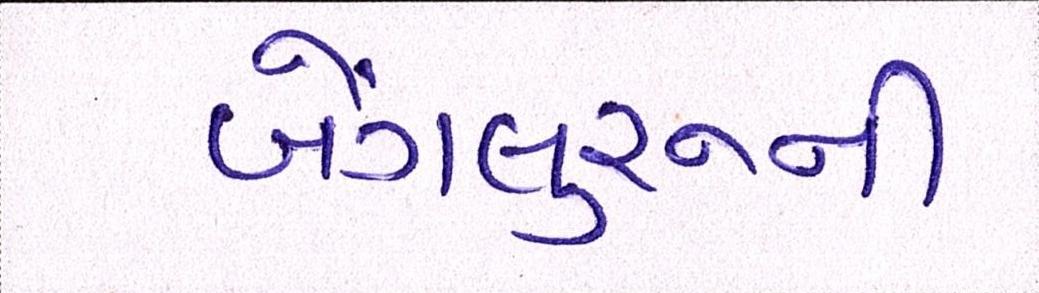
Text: બેંગલુરૂની